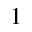
1